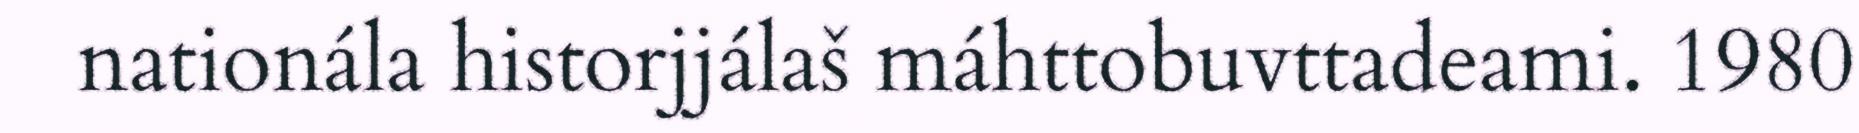
nationála historjjálaš máhttobuvttadeami. 1980